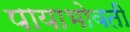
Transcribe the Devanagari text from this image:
पायाभोवती